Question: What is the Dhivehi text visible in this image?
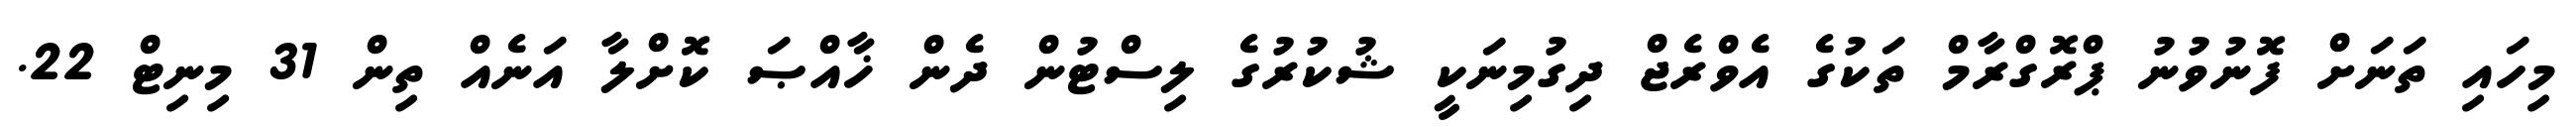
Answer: މިހައި ތަނަށް ފޮނުވުނު ޕްރޮގްރާމް ތަކުގެ އެވްރެޖް ދިގުމިނަކީ ޝުކުރުގެ ލިސްޓުން ދެން ޚާއްޞަ ކޮށްލާ އަނެއް ތިން 31 މިނިޓް 22.